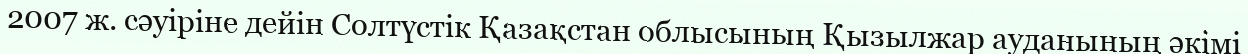
2007 ж. сәуіріне дейін Солтүстік Қазақстан облысының Қызылжар ауданының әкімі